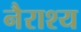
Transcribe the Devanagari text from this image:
नैराश्‍य